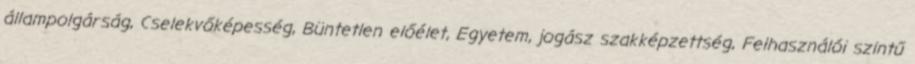
állampolgárság, Cselekvőképesség, Büntetlen előélet, Egyetem, jogász szakképzettség, Felhasználói szintű